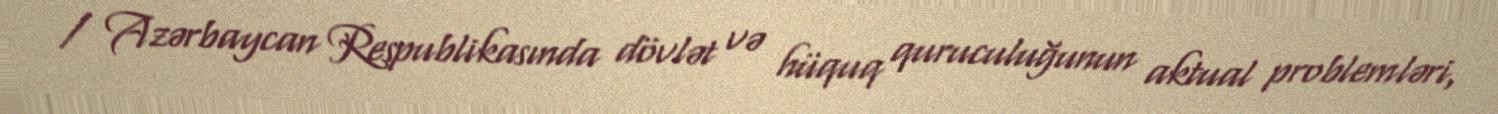
/ Azərbaycan Respublikasında dövlət və hüquq quruculuğunun aktual problemləri,